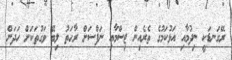
ރޭގަނޑަކީ ނިދުމާއި އަޅުކަމުގެ ތެރެއިން ޖިސްމާއި ނަފްސަށް ރާޙަތު ލިބޭ ވަގުތަކަށް ހަދަން